Document type: Grant of rights
Year: 1280
Scribe: Pere Marc
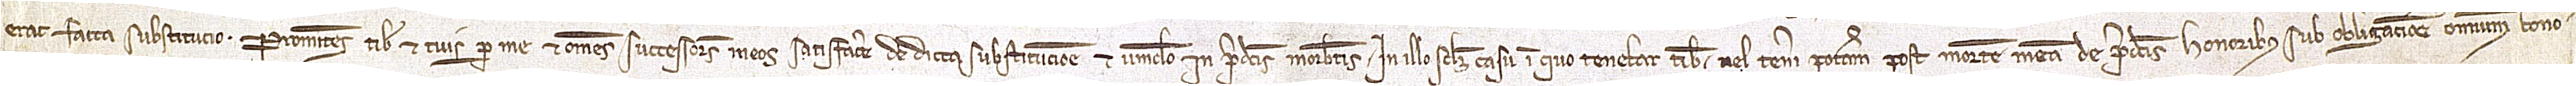
erat facta substitucio. Promitens tibi et tuis per me et omnes successores meos satisfacere de dicta substitucione et vinculo in predictis morabatinis, in illo scilicet casu in qui tenebar tibi vel teneri poteram post mortem meam de predictis honoribus, sub obligatione omnium bono-